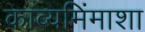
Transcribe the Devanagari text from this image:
काव्यमिंमाशा